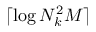
\lceil \log N _ { k } ^ { 2 } M \rceil